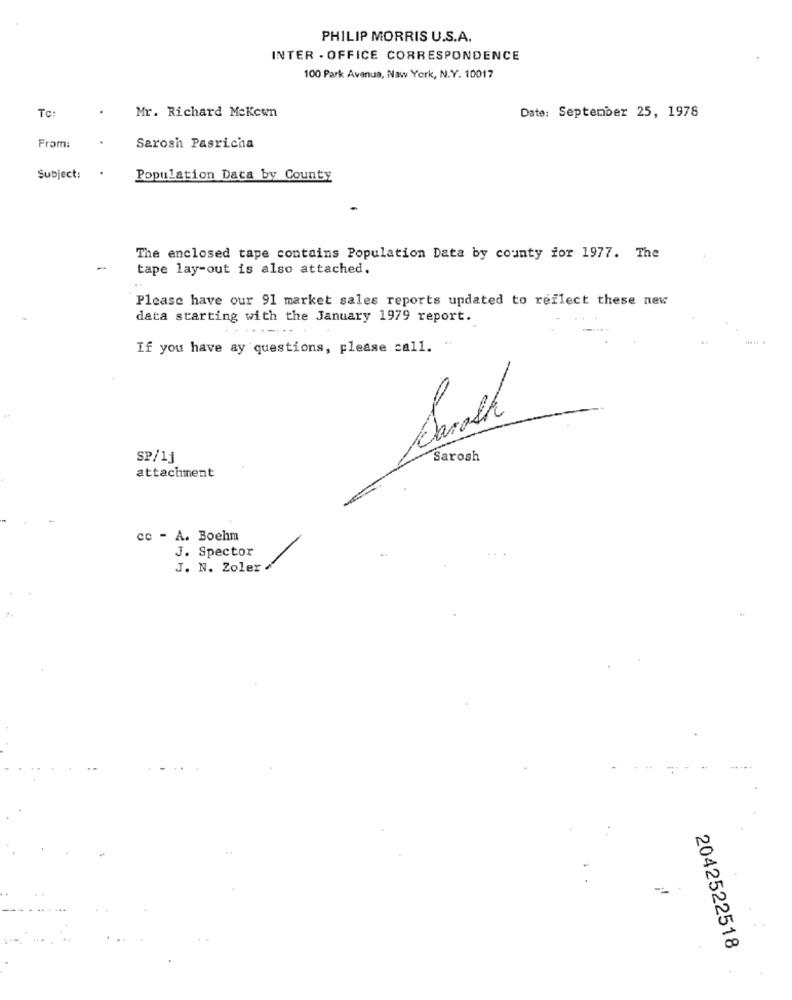
PHILIP MORRIS U.S.A.
INTER . OFFICE CORRESPONDENCE
100 Park Avenue, Naw York, N.Y. 10017
Mr. Richard Mckown
Date: September 25, 1978
From:
Sarosh Pasricha
Subject:
Population Data by County
The enclosed tape contains Population Data by county for 1977. The
-
tape lay-out is also attached.
Please have our 91 market sales reports updated to reflect these new
data starting with the January 1979 report.
If you have ay questions, please call.
SP/11
Sarosh
attachment
cc - A. Boehm
J. Spector
J. N. Zoler
2042522518